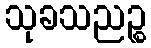
သုခသညဉ္စ